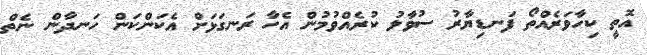
އޮތީ ކިހާވަރެއްތޯ ފަނޑިޔާރު ސުވާލު ކުރެއްވުމުން އެހާ ރަނގަޅަށް އެކަންކަން ހަނދާން ނެތް